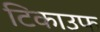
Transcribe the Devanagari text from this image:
टिकाउफ